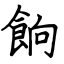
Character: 餉